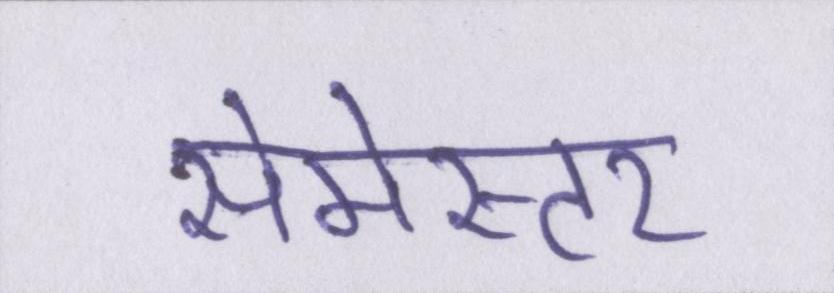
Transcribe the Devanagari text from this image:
सेमेस्टर